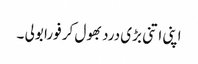
اپنی اتنی بڑی درد بھول کر فورا بولی ۔